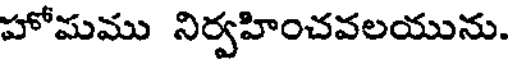
హోమము నిర్వహించవలయును.